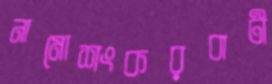
নামোশংকরবাটী